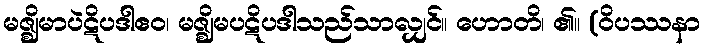
မဇ္ဈိမာပဲဋိပဒါဧဝ၊ မဇ္ဈိမပဋိပဒါသည်သာလျှင်။ ဟောတိ၊ ၏။ (ဝိပဿနာ